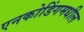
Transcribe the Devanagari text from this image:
एनकोडिंगमधील